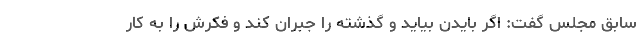
سابق مجلس گفت: اگر بایدن بیاید و گذشته را جبران کند و فکرش را به کار